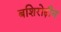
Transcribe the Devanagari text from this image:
बशिरोद्दीन